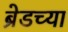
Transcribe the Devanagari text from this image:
ब्रेडच्या